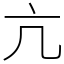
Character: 亢